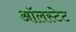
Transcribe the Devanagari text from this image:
ऑलस्टेट